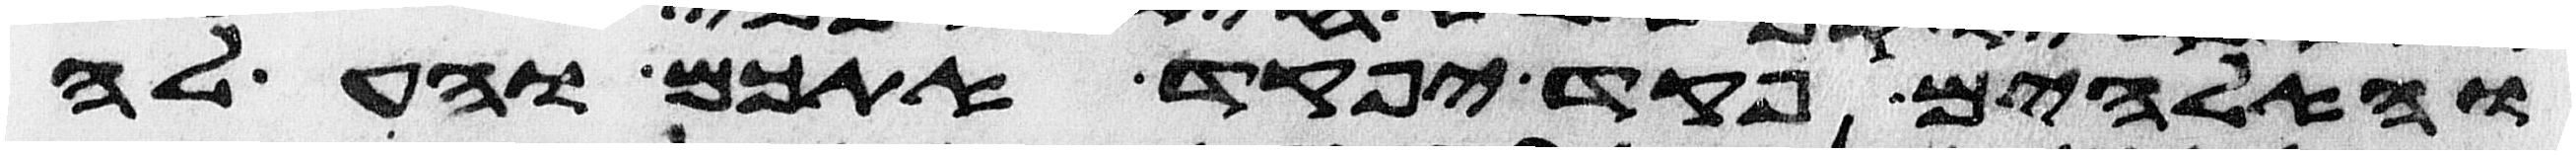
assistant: והאלהים פקד יפקד אתכם והעלה